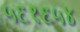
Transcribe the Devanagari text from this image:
५६१६५४